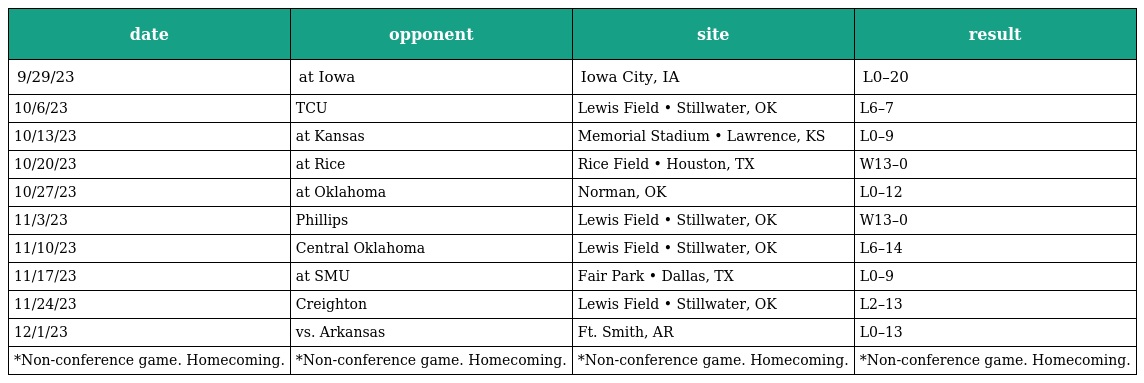
| date | opponent | site | result |
 | --- | --- | --- | --- |
 | 9/29/23 | at Iowa | Iowa City, IA | L0–20 |
 | 10/6/23 | TCU | Lewis Field • Stillwater, OK | L6–7 |
 | 10/13/23 | at Kansas | Memorial Stadium • Lawrence, KS | L0–9 |
 | 10/20/23 | at Rice | Rice Field • Houston, TX | W13–0 |
 | 10/27/23 | at Oklahoma | Norman, OK | L0–12 |
 | 11/3/23 | Phillips | Lewis Field • Stillwater, OK | W13–0 |
 | 11/10/23 | Central Oklahoma | Lewis Field • Stillwater, OK | L6–14 |
 | 11/17/23 | at SMU | Fair Park • Dallas, TX | L0–9 |
 | 11/24/23 | Creighton | Lewis Field • Stillwater, OK | L2–13 |
 | 12/1/23 | vs. Arkansas | Ft. Smith, AR | L0–13 |
 | *Non-conference game. Homecoming. | *Non-conference game. Homecoming. | *Non-conference game. Homecoming. | *Non-conference game. Homecoming. |